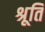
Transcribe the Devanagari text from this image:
श्रूति